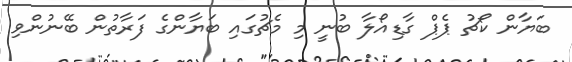
ބަޔާން ކޯޗު ޕެޕް ގާޑިއޯލާ ބުނީ މި މެޗުގައި ބަޔާންގެ ފަރާތުން ބޭނުންވި